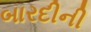
બારદીની